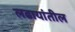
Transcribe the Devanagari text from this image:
लढायांतील